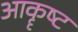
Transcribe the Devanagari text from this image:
आकॄष्‍ट